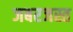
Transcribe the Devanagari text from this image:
जबरजस्त